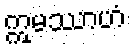
ဣမဿာဟံ